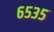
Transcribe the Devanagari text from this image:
६५३५